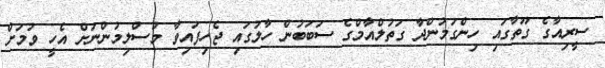
ސީރިއާގެ ގޫތާގައި ހިންގަމުންދާ ގަތުލްއާމްގެ ސަބަބުން ހާލުގައި ޖެހިފައިވާ މުސްލިމުންނަށް އެހީ ވުމަށް